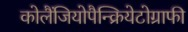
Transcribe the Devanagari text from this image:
कोलैंजियोपैन्क्रियेटोग्राफी